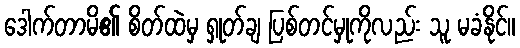
ဒေါက်တာမိ၏ စိတ်ထဲမှ ရှုတ်ချ ပြစ်တင်မှုကိုလည်း သူ မခံနိုင်။